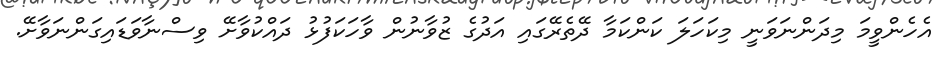
އެހެންވީމަ މިދަންނަވަނީ މިކަހަލަ ކަންކަމާ ދޭތެރޭގައި އަދުގެ ޒުވާނުން ވާހަކަފުޅު ދައްކުވާށޭ ވިސްނާވަޑައިގަންނަވާށޭ.